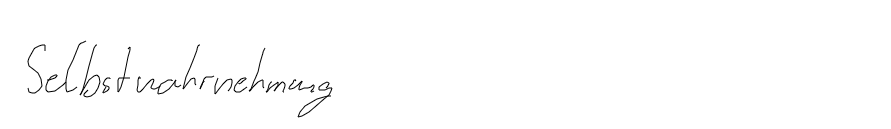
Selbstwahrnehmung